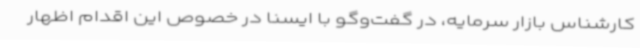
کارشناس بازار سرمایه، در گفت‌وگو با ایسنا در خصوص این اقدام اظهار